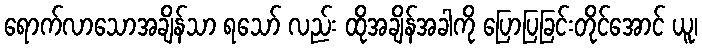
ရောက်လာသောအချိန်သာ ရသော် လည်း ထိုအချိန်အခါကို ပြောပြခြင်းတိုင်အောင် ယူ၊